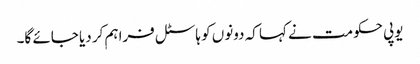
یوپی حکومت نے کہا کہ دونوں کو ہاسٹل فراہم کر دیا جائے گا۔